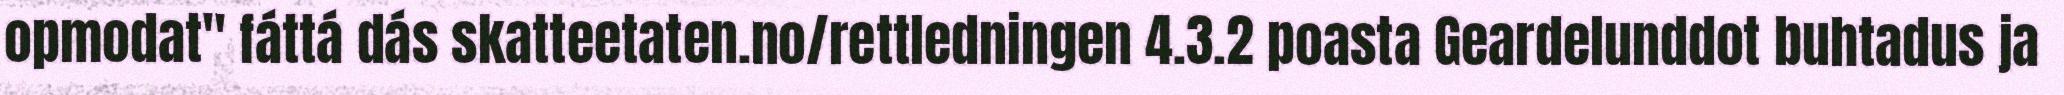
opmodat" fáttá dás skatteetaten.no/rettledningen 4.3.2 poasta Geardelunddot buhtadus ja